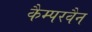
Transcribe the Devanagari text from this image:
कैम्परवैन